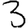
Digit: 3